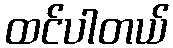
ထင်ပါတယ်